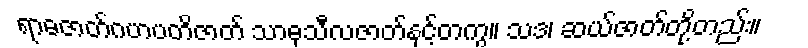
ရာဓဇာတ်ဂဟပတိဇာတ် သာဓုသီလဇာတ်နှင့်တကွ။ သဒ၊ ဆယ်ဇာတ်တို့တည်း။